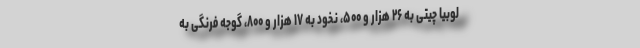
‌ لوبیا چیتی به ۲۶ هزار و ۵۰۰، نخود به ۱۷ هزار و ۸۰۰، گوجه فرنگی به